Juri_Uluots, lk 4
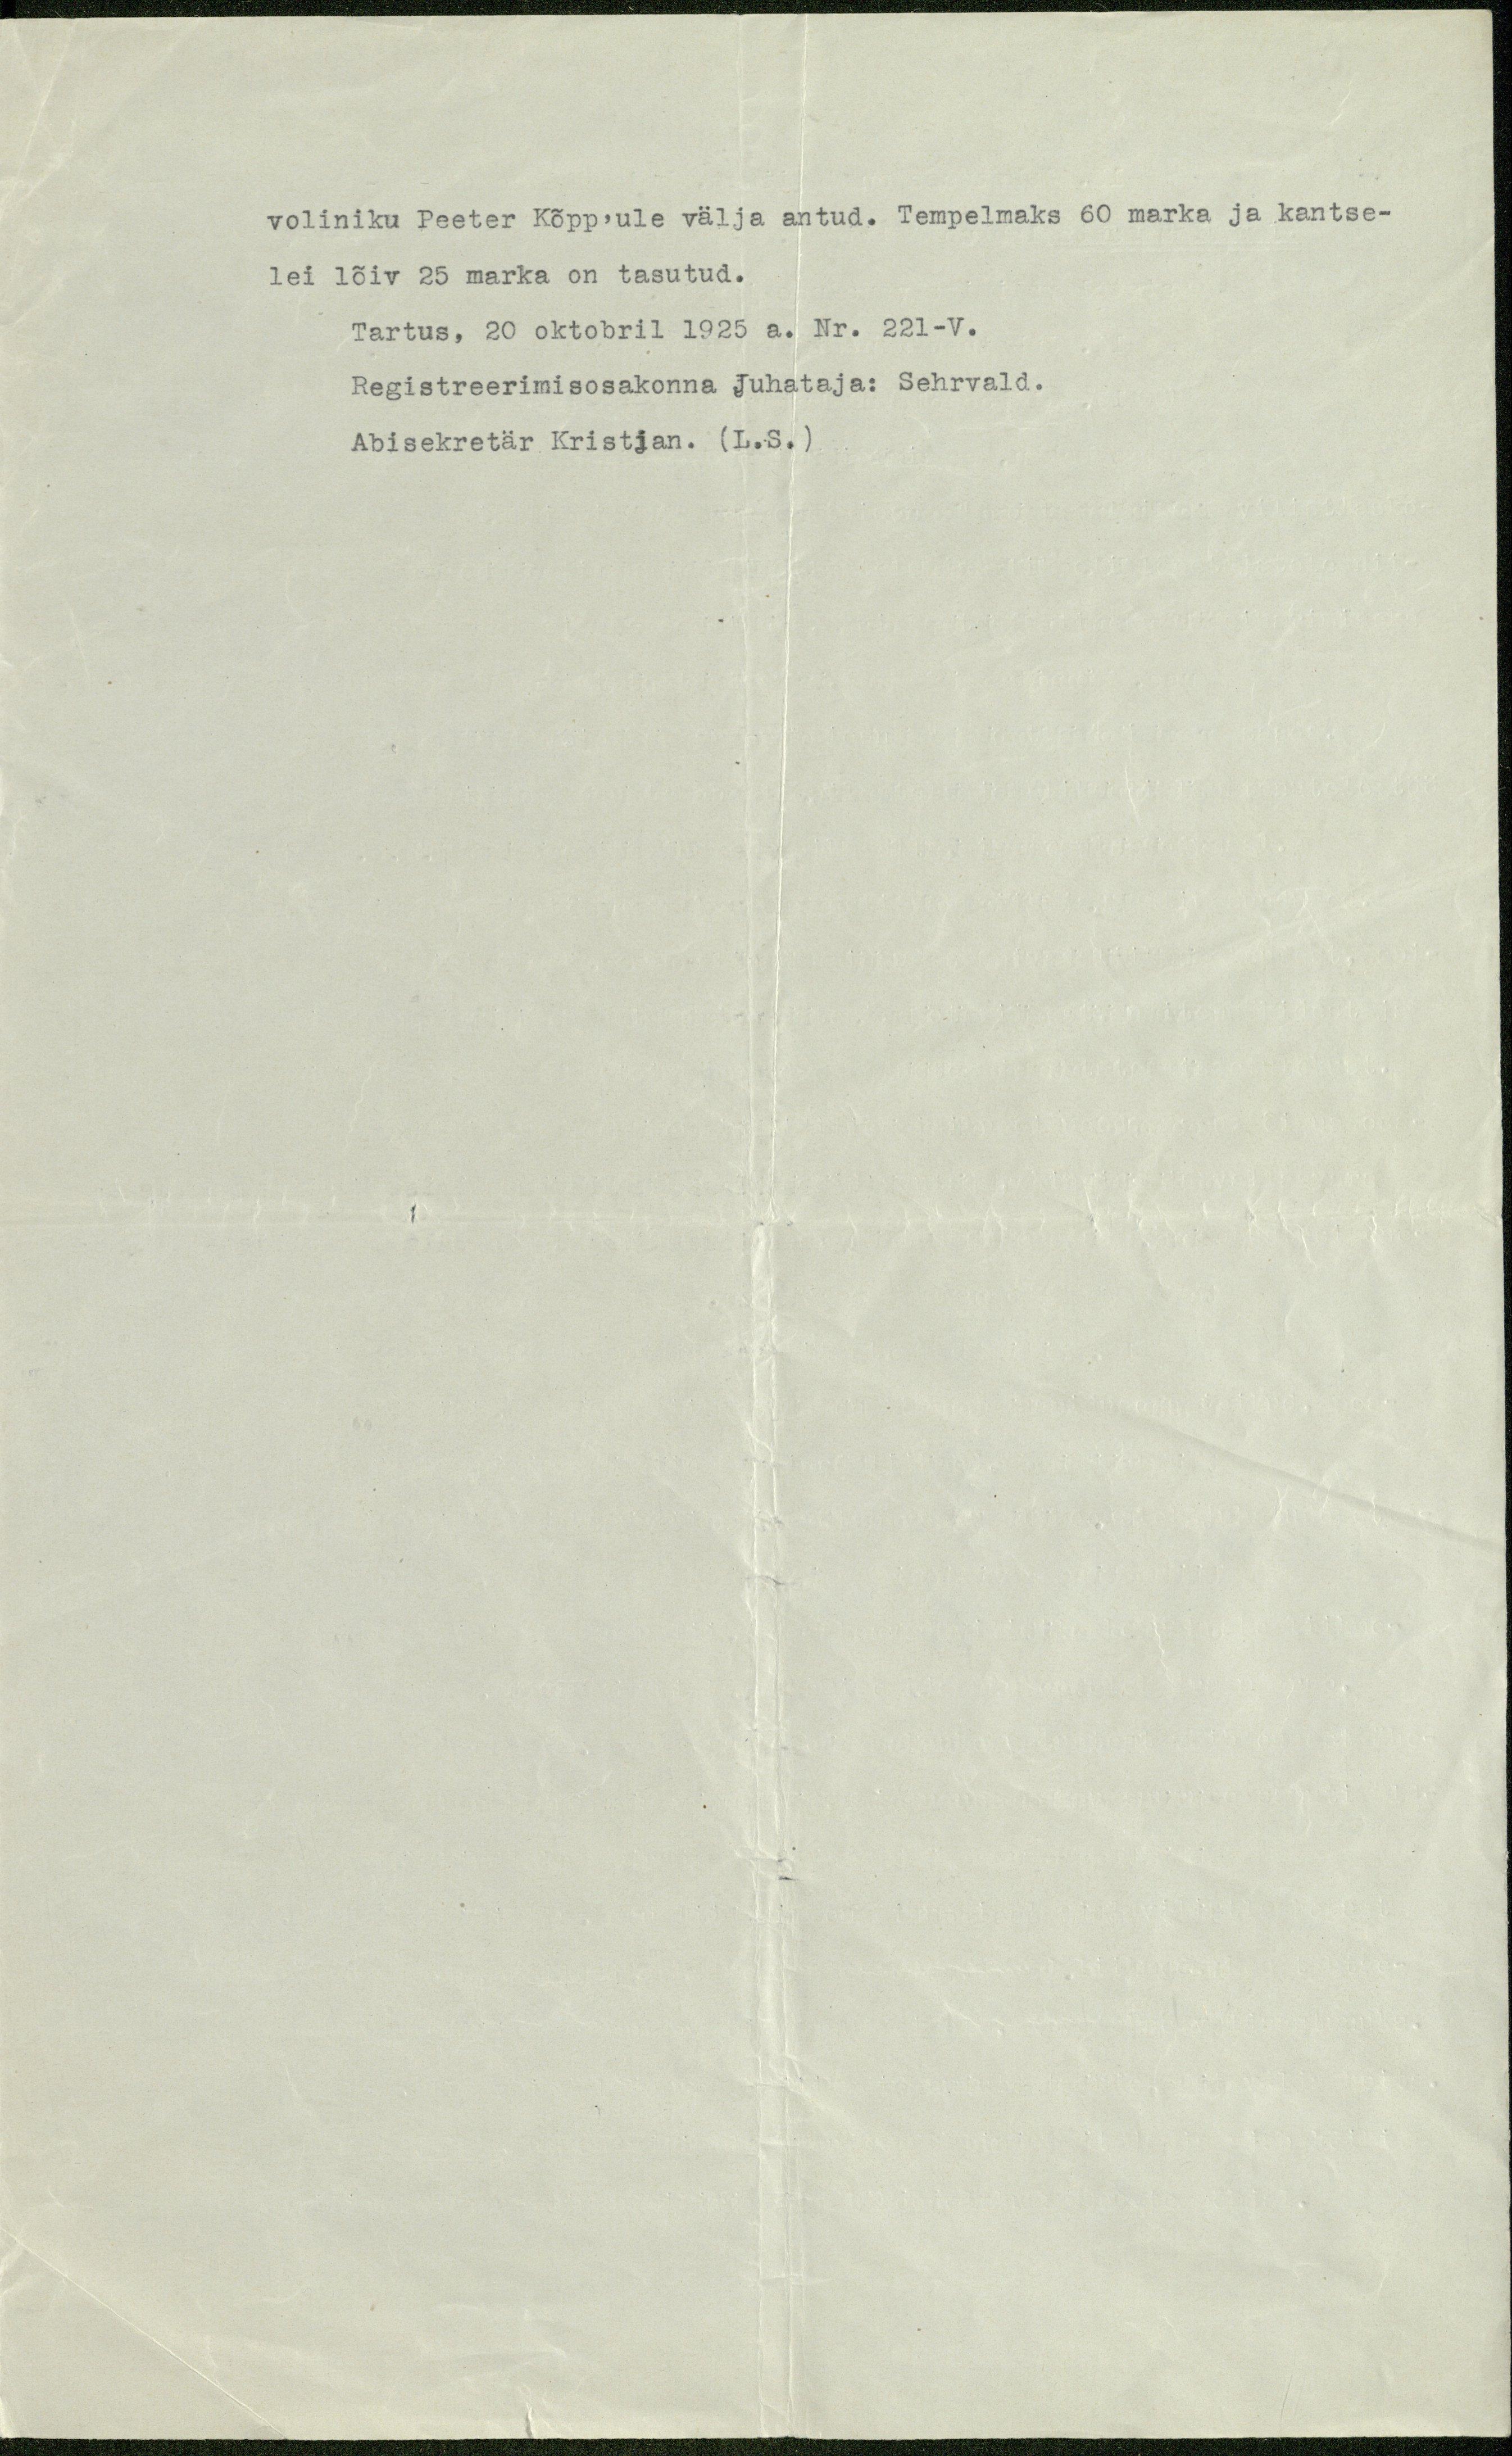
voliniku Peeter Kõpp'ule välja antud. Tempelmaks 60 marka ja kantse-
lei lõiv 25 marka on tasutud.
Tartus, 20 oktobril 1925 a. Nr. 221-V.
Registreerimisosakonna Juhataja: Sehrvald.
Abisekretär Kristjan. (L.S.)